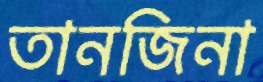
তানজিনা